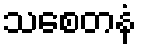
သစေတနံ